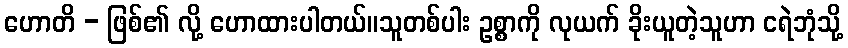
ဟောတိ - ဖြစ်၏ လို့ ဟောထားပါတယ်။သူတစ်ပါး ဥစ္စာကို လုယက် ခိုးယူတဲ့သူဟာ ငရဲဘုံသို့